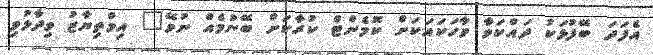
އެފަދަ ބޭފުޅަކު ދައްކަވާ ވާހަކައަކަށް ކޮމެންޓް ކުރާކަށް ބޭނުމެއް ނުވޭ" އިމްތިޔާޒު ވިދާޅުވި